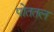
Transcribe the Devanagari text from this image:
पोततल